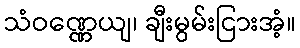
သံဝဏ္ဏေယျ၊ ချီးမွမ်းငြားအံ့။